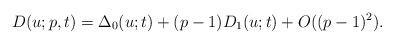
LaTeX: \begin{align*}D(u;p,t) = \Delta_0(u;t) + (p-1)D_1(u;t) + O((p-1)^2).\end{align*}